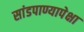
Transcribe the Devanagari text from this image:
सांडपाण्यापेक्षा